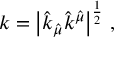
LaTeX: k = \left| \hat { k } _ { \hat { \mu } } \hat { k } ^ { \hat { \mu } } \right| ^ { \frac { 1 } { 2 } } \, ,